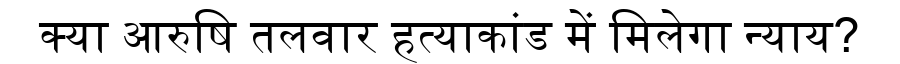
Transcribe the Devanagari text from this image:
क्या आरुषि तलवार हत्याकांड में मिलेगा न्याय?